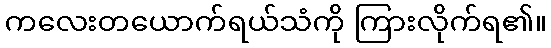
ကလေးတယောက်ရယ်သံကို ကြားလိုက်ရ၏။